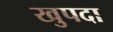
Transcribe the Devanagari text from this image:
खुपदा